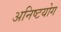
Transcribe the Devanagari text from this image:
अनिष्टयोग